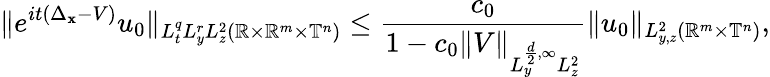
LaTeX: \| e^{it(\Delta_{\mathbf{x}}-V)}u_{0}\| _{L_{t}^{q}L_{y}^{r}L_{z}^{2}(\mathbb{{R}}\times\mathbb{{R}}^{m}\times\mathbb{{T}}^{n})}\leq\frac{{c_{0}}}{{1-c_{0}\| V\| _{L_{y}^{\frac{{d}}{{2}},\infty}L_{z}^{2}}}}\| u_{0}\| _{L_{y,z}^{2}(\mathbb{{R}}^{m}\times\mathbb{{T}}^{n})},